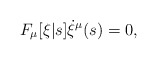
\begin{align*}F_\mu[\xi|s] \dot{\xi}^\mu(s) = 0,\end{align*}